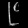
Digit: ၉